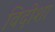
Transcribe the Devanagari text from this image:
विदीशा